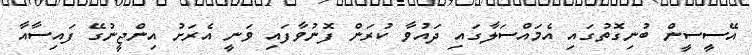
އޭސީސީން ބުނިގޮތުގައި އެމައްސަލާގައި ދައުވާ ކުރަން ފޮނުވާފައި ވަނީ އެރަށު އިންޖީނުގޭ ފައިސާއާ